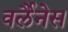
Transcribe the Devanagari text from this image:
वर्लैनेस